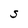
Character: S